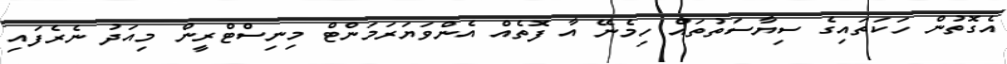
އެގޮތުން ހަކަތައިގެ ސިޔާސަތުތައް ހިމެނޭ އާ ފޮތެއް އެންވަޔަރަމަންޓް މިނިސްޓްރީން މިއަދު ނެރެފައި